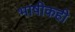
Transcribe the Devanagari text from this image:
भाषीकही